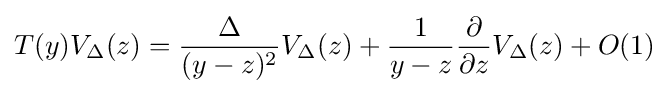
T(y)V_{\Delta }(z)={\frac {\Delta }{(y-z)^{2}}}V_{\Delta }(z)+{\frac {1}{y-z}}{\frac {\partial }{\partial z}}V_{\Delta }(z)+O(1)